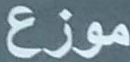
موزع